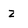
Character: z